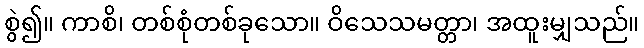
စွဲ၍။ ကာစိ၊ တစ်စုံတစ်ခုသော။ ဝိသေသမတ္တာ၊ အထူးမျှသည်။